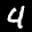
Label: 4